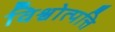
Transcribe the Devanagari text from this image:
विश्वोत्पत्ति